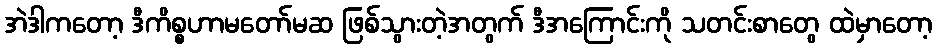
အဲဒါကတော့ ဒီကိစ္စဟာမတော်မဆ ဖြစ်သွားတဲ့အတွက် ဒီအကြောင်းကို သတင်းစာတွေ ထဲမှာတော့